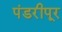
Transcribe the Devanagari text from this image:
पंडरीपूर